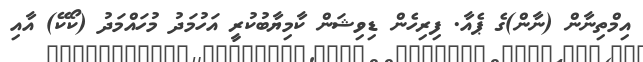
އިމްތިނާން (ނާން)ގެ ޕެއާ. ފިރިހެން ޑިވިޝަން ކާމިޔާބުކުރީ އަހުމަދު މުހައްމަދު (ކޯކޭ) އާއި